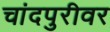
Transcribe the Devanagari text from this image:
चांदपुरीवर